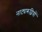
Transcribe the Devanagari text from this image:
नाट्यरूढ़ियों